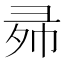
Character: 𱝠